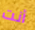
أنت